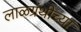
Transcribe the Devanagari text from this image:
लाळग्रंथीच्या